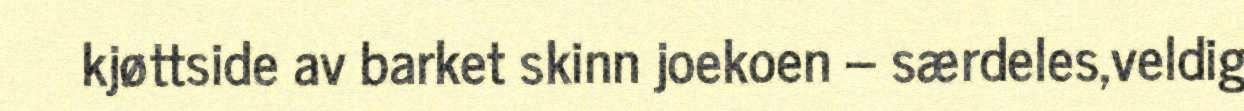
kjøttside av barket skinn joekoen – særdeles,veldig